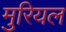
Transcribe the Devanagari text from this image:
मुरियल